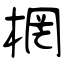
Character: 棢